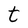
Character: t